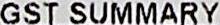
GST SUMMARY